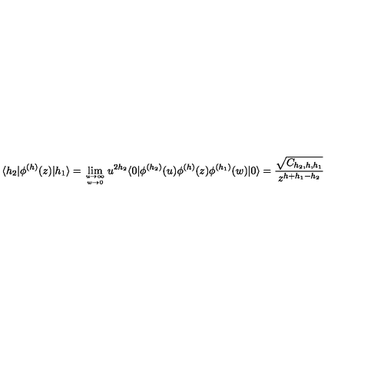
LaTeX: \langle h _ { 2 } | \phi ^ { ( h ) } ( z ) | h _ { 1 } \rangle = \lim _ { u \rightarrow \infty \atop w \rightarrow 0 } u ^ { 2 h _ { 2 } } \langle 0 | \phi ^ { ( h _ { 2 } ) } ( u ) \phi ^ { ( h ) } ( z ) \phi ^ { ( h _ { 1 } ) } ( w ) | 0 \rangle = \frac { \sqrt { C _ { h _ { 2 } , h , h _ { 1 } } } } { z ^ { h + h _ { 1 } - h _ { 2 } } }